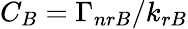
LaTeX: C_{B}=\Gamma_{nrB}/k_{rB}